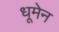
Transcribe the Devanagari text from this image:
धूमेन